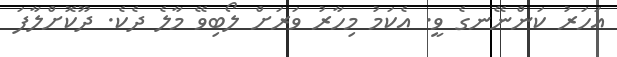
އަހަރު ކަންނޭނގެ ވީ. އެކަމު މިހާރު ވަރަށް ލޯބިވޭ މާލެ ދެކެ. ދޫކޮށްލާފަ